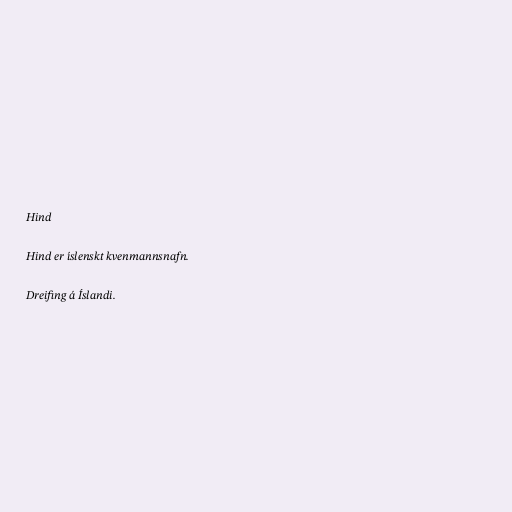
Hind

Hind er íslenskt kvenmannsnafn.

Dreifing á Íslandi.